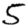
Digit: 5